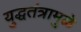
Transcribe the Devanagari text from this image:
युद्धतंत्रामुळे